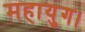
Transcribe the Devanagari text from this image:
महायुग।